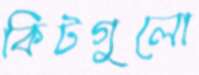
কিটগুলো